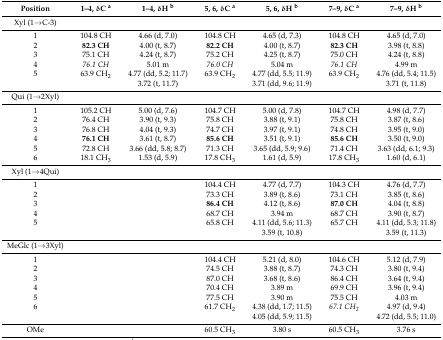
<table><thead><tr><td><b>Position</b></td><td><b>1–4, δC <sup>a</sup></b></td><td><b>1–4, δH <sup>b</sup></b></td><td><b>5, 6, δC <sup>a</sup></b></td><td><b>5, 6, δH <sup>b</sup></b></td><td><b>7–9, δC <sup>a</sup></b></td><td><b>7–9, δH <sup>b</sup></b></td></tr></thead><tbody><tr><td>Xyl (1→C-3)</td><td></td><td></td><td></td><td></td><td></td><td></td></tr><tr><td>1</td><td>104.8 CH</td><td>4.66 (d, 7.0)</td><td>104.8 CH</td><td>4.65 (d, 7.3)</td><td>104.8 CH</td><td>4.65 (d, 7.0)</td></tr><tr><td>2</td><td><b>82.3 CH</b></td><td>4.00 (t, 8.7)</td><td><b>82.2 CH</b></td><td>4.00 (t, 8.7)</td><td><b>82.3 CH</b></td><td>3.98 (t, 8.8)</td></tr><tr><td>3</td><td>75.1 CH</td><td>4.24 (t, 8.7)</td><td>75.2 CH</td><td>4.25 (t, 8.7)</td><td>75.0 CH</td><td>4.24 (t, 8.8)</td></tr><tr><td>4</td><td><i>76.1 CH</i></td><td>5.01 m</td><td><i>76.0 CH</i></td><td>5.04 m</td><td><i>76.1 CH</i></td><td>4.99 m</td></tr><tr><td>5</td><td>63.9 CH<sub>2</sub></td><td>4.77 (dd, 5.2; 11.7)</td><td>63.9 CH<sub>2</sub></td><td>4.77 (dd, 5.5; 11.9)</td><td>63.9 CH<sub>2</sub></td><td>4.76 (dd, 5.4; 11.5)</td></tr><tr><td></td><td></td><td>3.72 (t, 11.7)</td><td></td><td>3.71 (dd, 9.6; 11.9)</td><td></td><td>3.71 (t, 11.8)</td></tr><tr><td>Qui (1→2Xyl)</td><td></td><td></td><td></td><td></td><td></td><td></td></tr><tr><td>1</td><td>105.2 CH</td><td>5.00 (d, 7.6)</td><td>104.7 CH</td><td>5.00 (d, 7.8)</td><td>104.7 CH</td><td>4.98 (d, 7.7)</td></tr><tr><td>2</td><td>76.4 CH</td><td>3.90 (t, 9.3)</td><td>75.8 CH</td><td>3.88 (t, 9.1)</td><td>75.8 CH</td><td>3.87 (t, 8.6)</td></tr><tr><td>3</td><td>76.8 CH</td><td>4.04 (t, 9.3)</td><td>74.7 CH</td><td>3.97 (t, 9.1)</td><td>74.8 CH</td><td>3.95 (t, 9.0)</td></tr><tr><td>4</td><td><b>76.1 CH</b></td><td>3.61 (t, 8.7)</td><td><b>85.6 CH</b></td><td>3.51 (t, 9.1)</td><td><b>85.6 CH</b></td><td>3.50 (t, 9.0)</td></tr><tr><td>5</td><td>72.8 CH</td><td>3.66 (dd, 5.8; 8.7)</td><td>71.3 CH</td><td>3.65 (dd, 5.9; 9.6)</td><td>71.4 CH</td><td>3.63 (dd, 6.1; 9.3)</td></tr><tr><td>6</td><td>18.1 CH<sub>3</sub></td><td>1.53 (d, 5.9)</td><td>17.8 CH<sub>3</sub></td><td>1.61 (d, 5.9)</td><td>17.8 CH<sub>3</sub></td><td>1.60 (d, 6.1)</td></tr><tr><td>Xyl (1→4Qui)</td><td></td><td></td><td></td><td></td><td></td><td></td></tr><tr><td>1</td><td></td><td></td><td>104.4 CH</td><td>4.77 (d, 7.7)</td><td>104.3 CH</td><td>4.76 (d, 7.7)</td></tr><tr><td>2</td><td></td><td></td><td>73.3 CH</td><td>3.89 (t, 8.6)</td><td>73.1 CH</td><td>3.85 (t, 8.6)</td></tr><tr><td>3</td><td></td><td></td><td><b>86.4 CH</b></td><td>4.12 (t, 8.6)</td><td><b>87.0 CH</b></td><td>4.04 (t, 8.8)</td></tr><tr><td>4</td><td></td><td></td><td>68.7 CH</td><td>3.94 m</td><td>68.7 CH</td><td>3.90 (t, 8.7)</td></tr><tr><td>5</td><td></td><td></td><td>65.8 CH</td><td>4.11 (dd, 5.6; 11.3)</td><td>65.7 CH</td><td>4.11 (dd, 5.3; 11.8)</td></tr><tr><td></td><td></td><td></td><td></td><td>3.59 (t, 10.8)</td><td></td><td>3.59 (t, 11.3)</td></tr><tr><td>MeGlc (1→3Xyl)</td><td></td><td></td><td></td><td></td><td></td><td></td></tr><tr><td>1</td><td></td><td></td><td>104.4 CH</td><td>5.21 (d, 8.0)</td><td>104.6 CH</td><td>5.12 (d, 7.9)</td></tr><tr><td>2</td><td></td><td></td><td>74.5 CH</td><td>3.88 (t, 8.7)</td><td>74.3 CH</td><td>3.80 (t, 9.4)</td></tr><tr><td>3</td><td></td><td></td><td>87.0 CH</td><td>3.68 (t, 8.6)</td><td>86.4 CH</td><td>3.64 (t, 9.4)</td></tr><tr><td>4</td><td></td><td></td><td>70.4 CH</td><td>3.89 m</td><td>69.9 CH</td><td>3.96 (t, 9.4)</td></tr><tr><td>5</td><td></td><td></td><td>77.5 CH</td><td>3.90 m</td><td>75.5 CH</td><td>4.03 m</td></tr><tr><td>6</td><td></td><td></td><td>61.7 CH<sub>2</sub></td><td>4.38 (dd, 1.7; 11.5)</td><td><i>67.1 CH<sub>2</sub></i></td><td>4.97 (d, 9.4)</td></tr><tr><td></td><td></td><td></td><td></td><td>4.05 (dd, 5.9; 11.5)</td><td></td><td>4.72 (dd, 5.5; 11.0)</td></tr><tr><td>OMe</td><td></td><td></td><td>60.5 CH<sub>3</sub></td><td>3.80 s</td><td>60.5 CH<sub>3</sub></td><td>3.76 s</td></tr></tbody></table>